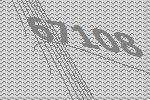
67108